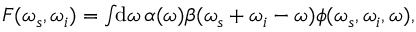
\begin{array} { r } { F ( \omega _ { s } , \omega _ { i } ) = \int \! \! \mathrm { d } \omega \, \alpha ( \omega ) \beta ( \omega _ { s } + \omega _ { i } - \omega ) \phi ( \omega _ { s } , \omega _ { i } , \omega ) , } \end{array}